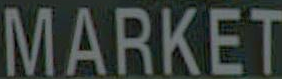
MARKET